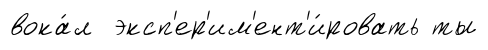
вока́л эксп'ер'им'ент'и́ровать ты